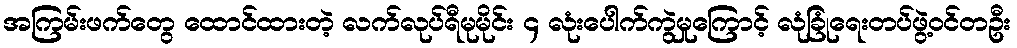
အကြမ်းဖက်တွေ ထောင်ထားတဲ့ လက်လုပ်ရီမုမိုင်း ၄ လုံးပေါက်ကွဲမှုကြောင့် လုံခြုံရေးတပ်ဖွဲ့ဝင်တဦး